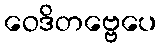
ဝေဒိတဗ္ဗေပေ